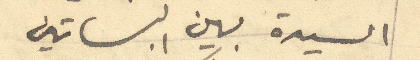
السيدة بين البساتين